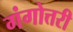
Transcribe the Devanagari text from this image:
गंगोत्तरी